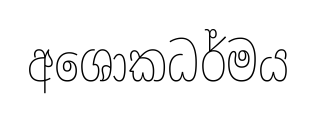
අශොකධර්මය